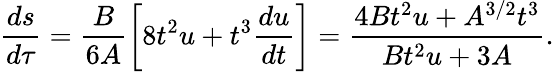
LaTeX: \frac{ds}{d\tau}=\frac{B}{6A}\left[8t^{2}u+t^{3}\frac{du}{dt}\right]=\frac{4Bt^{2}u+A^{3/2}t^{3}}{Bt^{2}u+3A}.